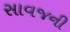
સાવજની